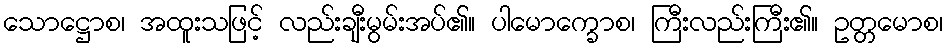
သောဋ္ဌောစ၊ အထူးသဖြင့် လည်းချီးမွမ်းအပ်၏။ ပါမောက္ခောစ၊ ကြီးလည်းကြီး၏။ ဥတ္တမောစ၊